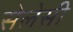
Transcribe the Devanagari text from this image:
सेलेसी